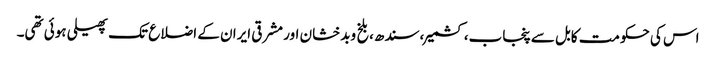
اس کی حکومت کابل سے پنجاب،کشمیر،سندھ،بلخ وبدخشان اور مشرقی ایران کے اضلاع تک پھیلی ہوئی تھی۔